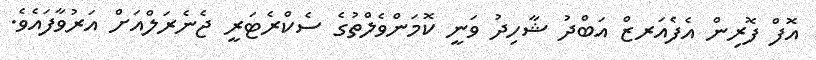
އޮފް ފޮރިން އެފެއަރޒް އަބްދު ޝާހިދު ވަނީ ކޮމަންވެލްތުގެ ސެކްރެޓަރީ ޖެނެރަލްއަށް އަރުވާފައެވެ.